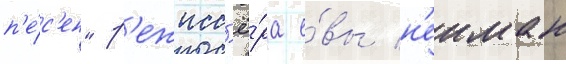
п'е́с'ен" р'ежисс'ё́ра е́вы н'еиман